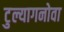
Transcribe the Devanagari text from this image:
टुल्यागनोवा